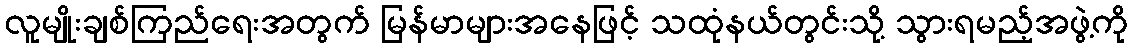
လူမျိုးချစ်ကြည်ရေးအတွက် မြန်မာများအနေဖြင့် သထုံနယ်တွင်းသို့ သွားရမည့်အဖွဲ့ကို